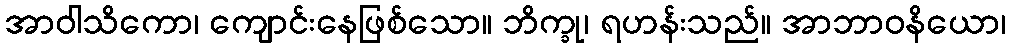
အာဝါသိကော၊ ကျောင်းနေဖြစ်သော။ ဘိက္ခု၊ ရဟန်းသည်။ အာဘာဝနိယော၊